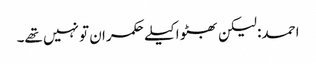
احمد: لیکن بھٹو اکیلے حکمران تو نہیں تھے۔